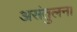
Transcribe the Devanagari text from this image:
असंतुलन।